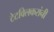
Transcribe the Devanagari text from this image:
टेटविलकरांनी